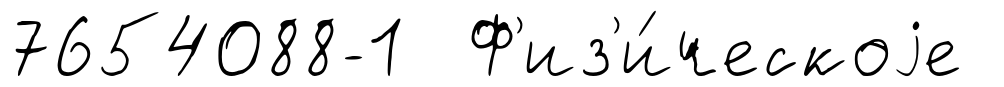
7654088-1 Ф'из'и́ческоjе